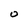
Character: O